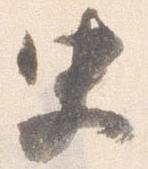
史